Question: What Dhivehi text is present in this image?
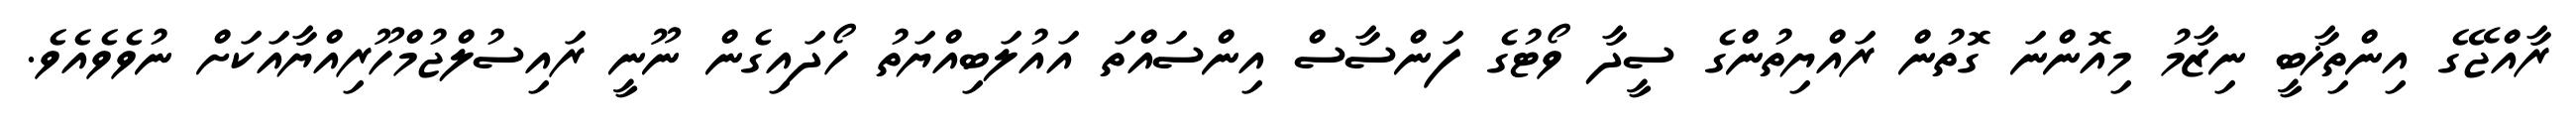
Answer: ރާއްޖޭގެ އިންތިޚާބީ ނިޒާމު މިއޮންނަ ގޮތުން ރައްޔިތުންގެ ސީދާ ވޯޓުގެ ފަންސާސް އިންސައްތަ އައުލަބިއްޔަތު ހޯދައިގެން ނޫނީ ރައިސުލްޖުމްހޫރިއްޔާއަކަށް ނުވެވެއެވެ.